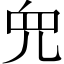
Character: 𫤘